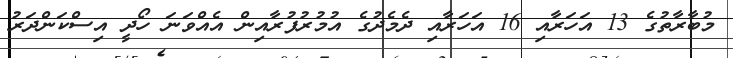
މުބާރާތުގެ 13 އަހަރާއި 16 އަހަރާއި ދެމެދުގެ އުމުރުފުރާއިން އެއްވަނަ ހޯދީ އިސްކަންދަރު